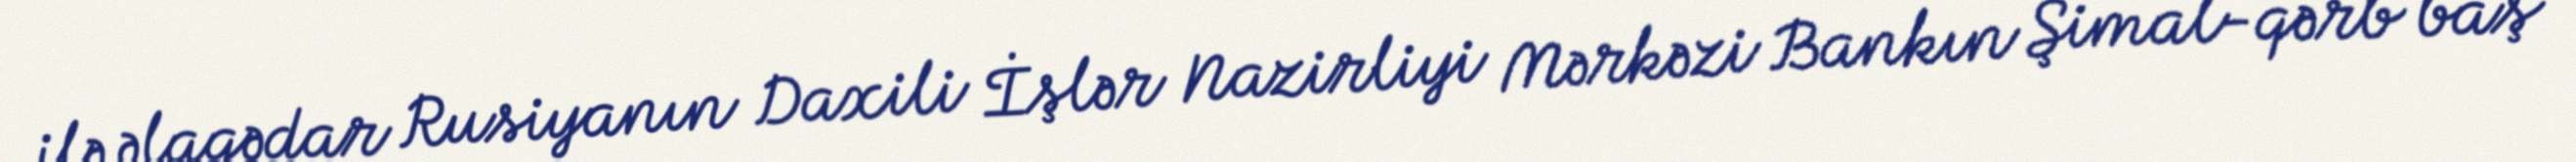
ilə əlaqədar Rusiyanın Daxili İşlər Nazirliyi Mərkəzi Bankın Şimal-qərb baş